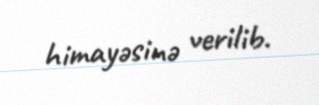
himayəsinə verilib.